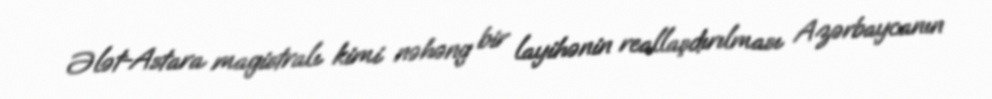
Ələt-Astara magistralı kimi nəhəng bir layihənin reallaşdırılması Azərbaycanın